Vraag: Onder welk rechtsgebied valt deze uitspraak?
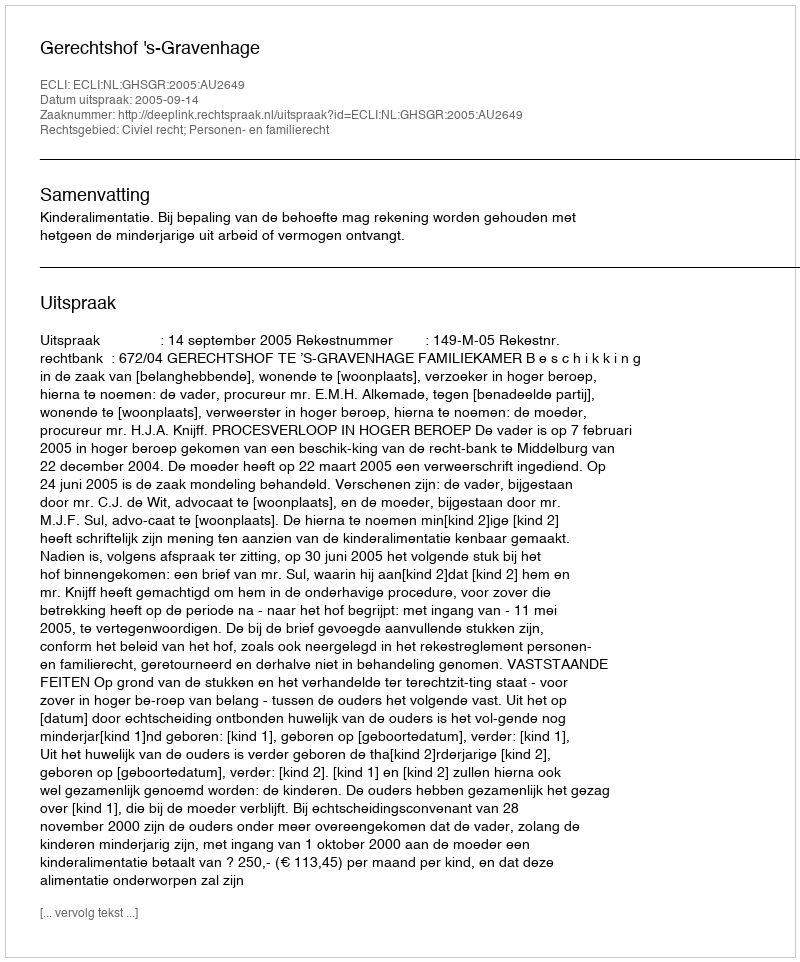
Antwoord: Civiel recht; Personen- en familierecht